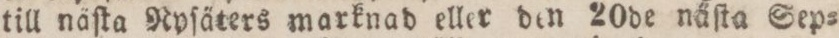
till näſta Nyſäters marknad eller den 20de näſta Sep=